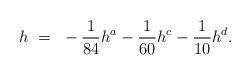
LaTeX: \begin{align*}h~=~-\frac{1}{84} h^a -\frac{1}{60} h^c -\frac{1}{10} h^d.\end{align*}